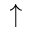
\uparrow